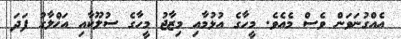
އެއްގުނަވަން ވެސް މެއެވެ. މީހާގެ އުޅުމާއި މިޒާޖު މީހާގެ ސުލޫކާއި އަޚްލާގު ފަދަ